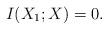
LaTeX: \begin{align*}I(X_1;X) = 0.\end{align*}